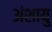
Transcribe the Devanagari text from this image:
अंशायु